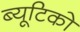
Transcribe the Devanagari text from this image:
ब्यूटिको